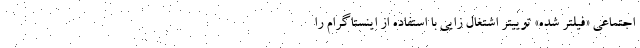
اجتماعی «فیلتر شده» توییتر اشتغال زایی با استفاده از اینستاگرام را